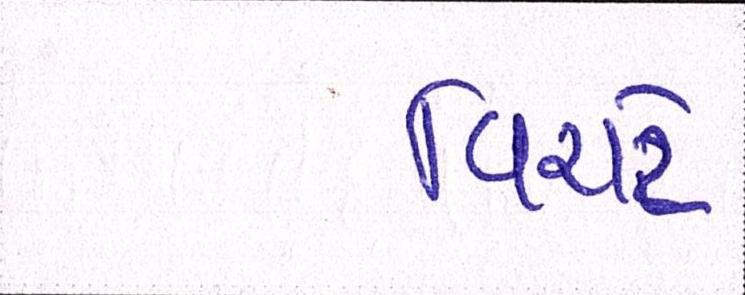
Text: વિરાટે